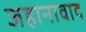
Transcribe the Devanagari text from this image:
जहानावाद